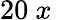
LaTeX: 20~x~\